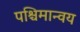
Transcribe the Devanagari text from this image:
पश्चिमान्वय